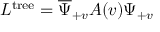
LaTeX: { \cal L } ^ { \mathrm { t r e e } } = \overline { { { \Psi } } } _ { + v } A ( v ) \Psi _ { + v }